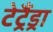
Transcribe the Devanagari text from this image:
टेट्रैंड्रा